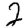
Digit: 2